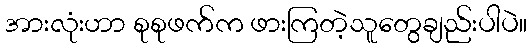
အားလုံးဟာ စုစုဖက်က ဖားကြတဲ့သူတွေချည်းပါပဲ။